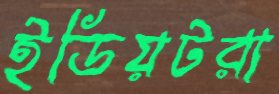
ইডিয়টরা